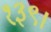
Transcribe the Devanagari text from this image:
१३९।